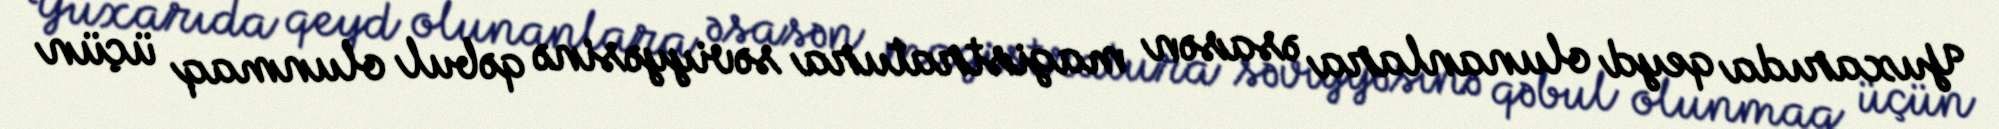
Yuxarıda qeyd olunanlara əsasən magistratura səviyyəsinə qəbul olunmaq üçün